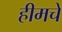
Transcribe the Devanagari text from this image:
हीमचे